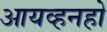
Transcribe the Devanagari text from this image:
आयव्हनहो